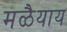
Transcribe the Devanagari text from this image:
मळैयाय